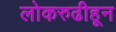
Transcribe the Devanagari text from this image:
लोकरुढीहून